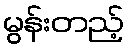
မွန်းတည့်